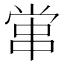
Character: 𡮕